system: You are a helpful assistant.
user:
Analyze the provided spectrum to determine if it is a **"Cataclysmic Variables (CV)"**.

- **Key Indicators for CV (Check for either state):**
    - **State 1: Quiescent / Low-State (Emission-Dominated)**
        - **(Primary):** Strong and *very broad* Hydrogen Balmer emission lines (e.g., $H\alpha$ at 6563 Å, $H\beta$ at 4861 Å). The 'broadness' (high velocity dispersion, often FWHM > 1000 km/s) is the key diagnostic, indicating a high-velocity accretion disk.
        - **(Secondary):** Broad neutral Helium (He I) emission lines (e.g., 5876 Å, 6678 Å).
        - **(Key Confirmation):** Presence of high-excitation *ionized* Helium (He II) emission at 4686 Å. This is a strong indicator of accretion onto a white dwarf.
        - **(Line Profile):** Emission lines may exhibit a 'double-peaked' profile, which is a classic signature of a rotating accretion disk viewed at high inclination.

    - **State 2: Outburst / High-State (Absorption-Dominated)**
        - **(Primary):** Spectrum is dominated by a bright, blue continuum (looks like a hot star).
        - **(Secondary):** The emission lines from State 1 are weak, absent, or 'filled in', and are replaced by broad, shallow *absorption* lines (primarily Balmer and He I).
        - **(Morphology):** The overall spectrum mimics a hot B/A-type star. The crucial difference is that the absorption lines are significantly broader, shallower, and more 'washed-out' (or 'smeared') than the sharp lines of a normal stellar photosphere, due to high rotational speeds and pressure broadening in the disk.

Think first, call **spectral_visualization_tool** if needed to examine features in detail, then provide your final answer. Your response must adhere to the following strict rules:
1.  **Overall Structure:** Your response must follow the format `<think>...</think> <tool_call>...</tool_call> (if a tool is used) <answer>...</answer>`.
2.  **Tool Usage Constraint:** You may only make **one** tool call per turn.
3.  **Final Answer Format:** In the `<answer>` tag, your conclusion must be inside a `\boxed{}` command (e.g., `\boxed{YES}`), followed by your justification.

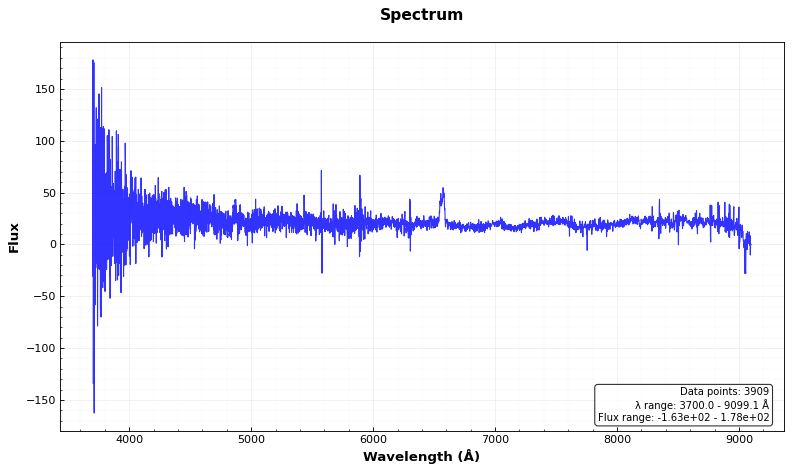
Answer: YES